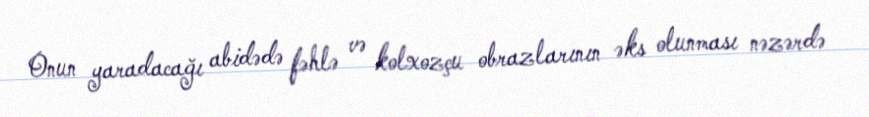
Onun yaradacağı abidədə fəhlə və kolxozçu obrazlarının əks olunması nəzərdə